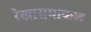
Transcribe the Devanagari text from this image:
रेखासमाकल